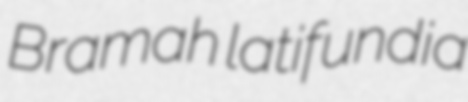
Bramah latifundia